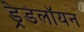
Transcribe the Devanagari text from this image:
ड्रेडलॉयन